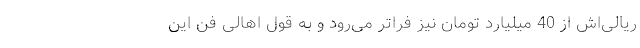
ریالی‌اش از 40 میلیارد تومان نیز فراتر می‌رود و به قول اهالی فن این